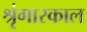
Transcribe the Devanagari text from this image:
श्रृंगारकाल